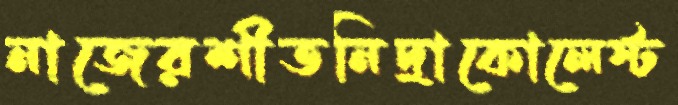
নাজেরশীতনিদ্রাকোলেস্ট